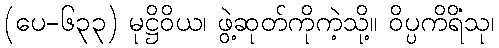
(ပေ-၆၃၃) မုဋ္ဌိဝိယ၊ ဖွဲ့ဆုတ်ကိုကဲ့သို့။ ဝိပ္ပကိရိံသု၊